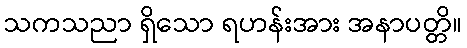
သကသညာ ရှိသော ရဟန်းအား အနာပတ္တိ။